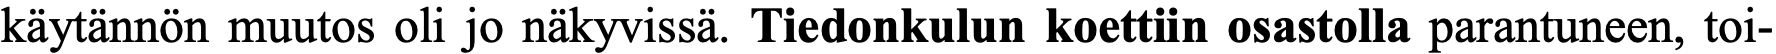
käytännön muutos oli jo näkyvissä. Tiedonkulun koettiin osastolla parantuneen, toi-